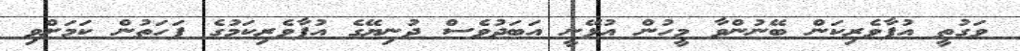
ވަގުތީ އުފާވެރިކަން ބޭނުންވާ މީހުން އުޅޭނީ އަބަދުވެސް ދުނިޔޭގެ އުފާވެރިކަމުގެ ފަހަތުން ކަމަށްވި